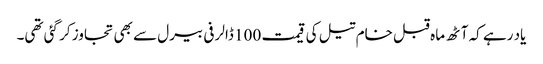
یاد رہے کہ آٹھ ماہ قبل خام تیل کی قیمت 100 ڈالر فی بیرل سے بھی تجاوز کر گئی تھی۔